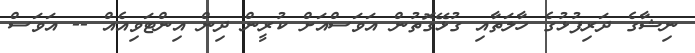
ނިޝާގެ ދަރިފުޅުގެ ހާލަތާއި ގުޅޭގޮތުން އަވަސްއަށް ކުރީން ދިން އިންޓަވިއެއް -- އަވަސް